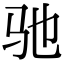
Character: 驰